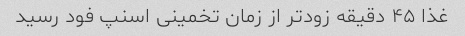
غذا ۴۵ دقیقه زودتر از زمان تخمینی اسنپ فود رسید